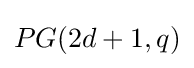
PG(2d+1,q)